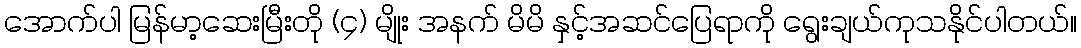
အောက်ပါ မြန်မာ့ဆေးမြီးတို (၄) မျိုး အနက် မိမိ နှင့်အဆင်ပြေရာကို ရွေးချယ်ကုသနိုင်ပါတယ်။